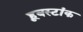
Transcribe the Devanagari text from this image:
हूबस्टांक